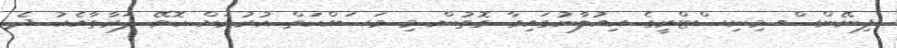
ފިނޭންސް މިނިސްޓްރީގެ އިއުލާނުގައިވާ ގޮތުން މި މަސައްކަތް ކުރުމަށް ހޮވޭ ފަރާތާއެކު ދެ